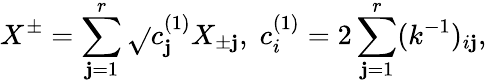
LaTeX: X^{\pm}=\sum_{\mathbf{j}=1}^{r}\sqrt{}{{c_{\mathbf{j}}^{(1)}}}X_{\pm\mathbf{j}},\; c_{i}^{(1)}=2\sum_{\mathbf{j}=1}^{r}(k^{-1})_{i\mathbf{j}},